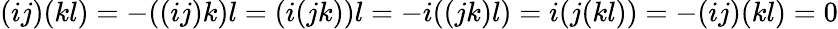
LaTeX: (ij)(kl)=-((ij)k)l=(i(jk))l=-i((jk)l)=i(j(kl))=-(ij)(kl)=0